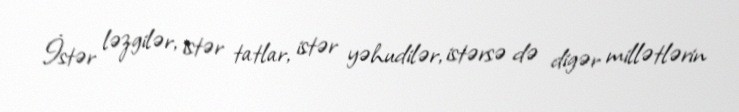
İstər ləzgilər, istər tatlar, istər yəhudilər, istərsə də digər millətlərin